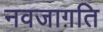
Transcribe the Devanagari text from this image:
नवजाग़ति